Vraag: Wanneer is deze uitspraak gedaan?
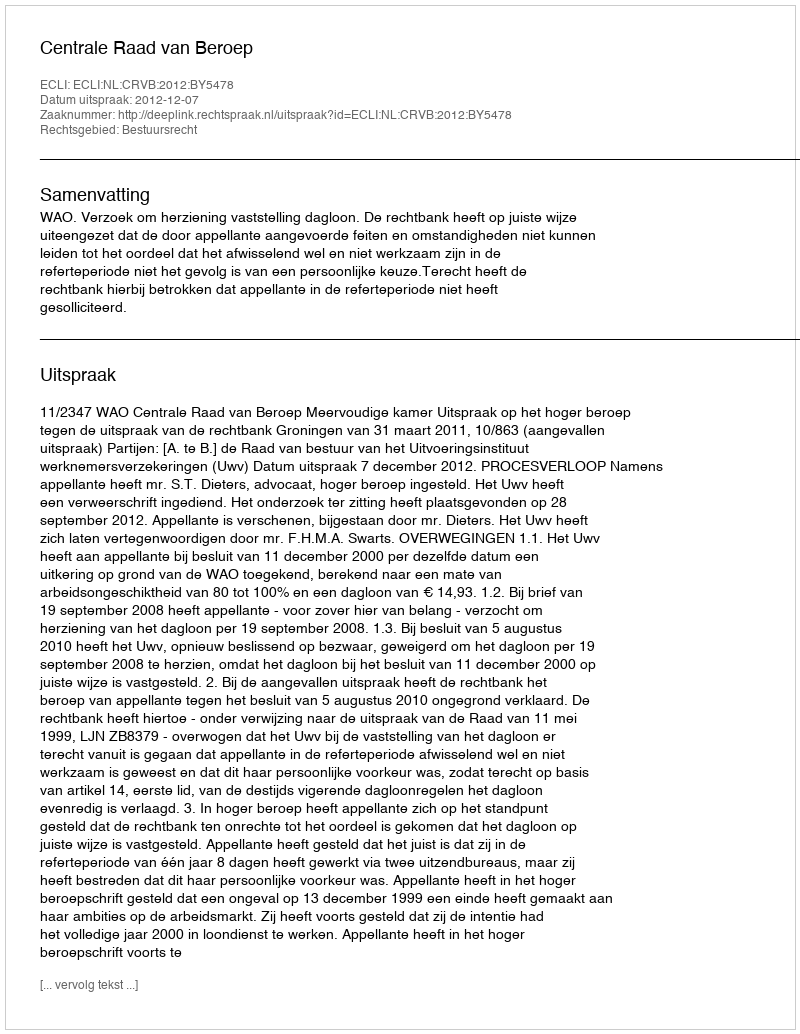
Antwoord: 2012-12-07